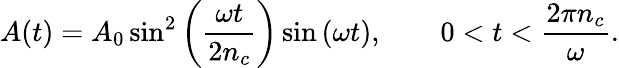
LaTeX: A(t)=A_{0}\sin^{2}\left(\frac{\omega t}{2n_{c}}\right)\sin\left(\omega t\right),\qquad 0<t<\frac{2\pi n_{c}}{\omega}.